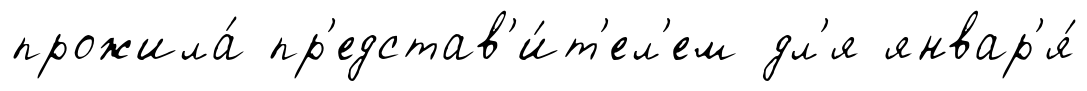
прожила́ пр'едстав'и́т'ел'ем дл'я январ'я́